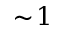
\sim \! 1